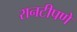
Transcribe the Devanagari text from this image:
रानटीपणे